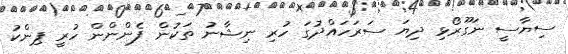
ސިޔާސީ ނަގޫރޯޅި ދިޔަ ސަރަހައްދުގަ ހުރި ނިޝާނު ތަކުން ފެންންން ހުރީ ޕިންކު